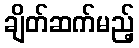
ချိတ်ဆက်မည့်